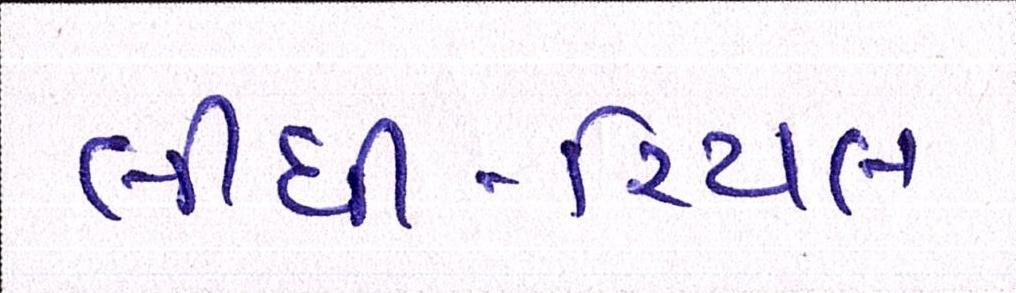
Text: લીધી-રિયલ